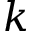
k